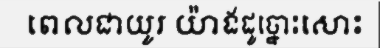
ពេលជាយូរ យ៉ាងដូច្នោះសោះ